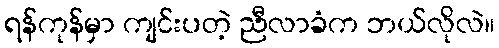
ရန်ကုန်မှာ ကျင်းပတဲ့ ညီလာခံက ဘယ်လိုလဲ။